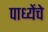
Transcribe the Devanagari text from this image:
पाध्येंचे